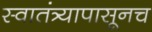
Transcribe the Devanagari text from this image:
स्वातंत्र्यापासूनच